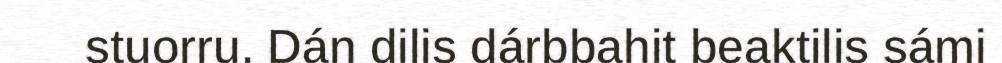
stuorru. Dán dilis dárbbahit beaktilis sámi